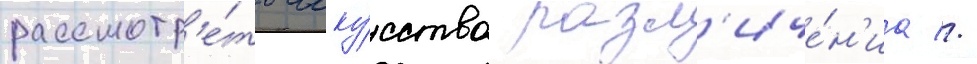
рассмотр'е́ть иску́сство разл'иче́н'иа //